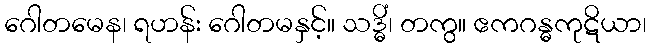
ဂေါတမေန၊ ရဟန်း ဂေါတမနှင့်။ သဒ္ဓိံ၊ တကွ။ ဧကဂန္ဓကုဋိယာ၊